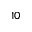
1 0